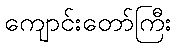
ကျောင်းတော်ကြီး